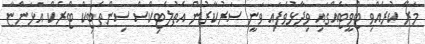
މަރޭ ކުރެއްވި ޓްވީޓެއްގައި ވިދާޅުވެފައި ވަނީ ސަރުކާރުން އެތުލެޓިކްސް ސިންތެޓިކް ޓްރެކް އަޅަންޏާ